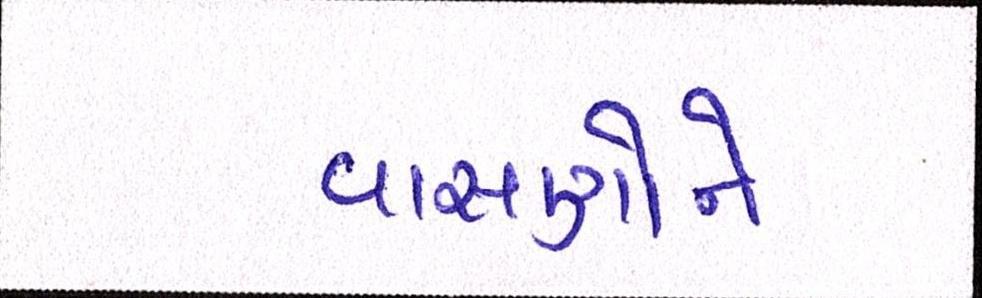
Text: વાસણોને